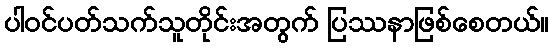
ပါဝင်ပတ်သက်သူတိုင်းအတွက် ပြဿနာဖြစ်စေတယ်။